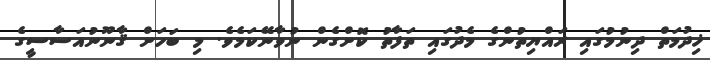
ޚިދުމަތް ދިނުމުގައި ރައްޔިތުންގެ މެދުގައި ތަފާތު ކޮށްގެން ނުވާނޭކަމެވެ. މި ބަހަށް ޤާނޫނުއަސާސީގެ